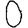
Digit: 0